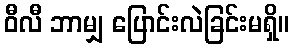
ဝီလီ ဘာမျှ ပြောင်းလဲခြင်းမရှိ။